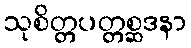
သုစိတ္တပတ္တစ္ဆဒနာ